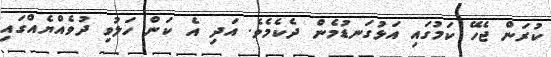
ކުރަން ޖެހޭ ކަމުގައި އަޅުގަނޑުމެން ދެކެމެވެ. އަދި އެ ކަން ހަލުވި ދުވެއްޔެއްގައި